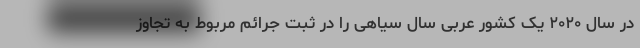
در سال ۲۰۲۰ یک کشور عربی سال سیاهی را در ثبت جرائم مربوط به تجاوز